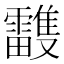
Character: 𩁦